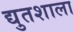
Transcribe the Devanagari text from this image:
द्युतशाला